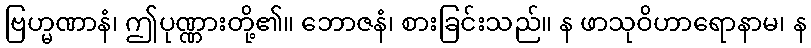
ဗြဟ္မဏာနံ၊ ဤပုဏ္ဏားတို့၏။ ဘောဇနံ၊ စားခြင်းသည်။ န ဖာသုဝိဟာရောနာမ၊ န